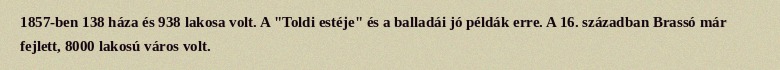
1857-ben 138 háza és 938 lakosa volt. A "Toldi estéje" és a balladái jó példák erre. A 16. században Brassó már fejlett, 8000 lakosú város volt.